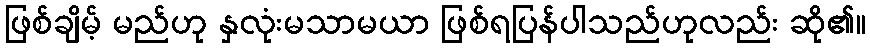
ဖြစ်ချိမ့် မည်ဟု နှလုံးမသာမယာ ဖြစ်ရပြန်ပါသည်ဟုလည်း ဆို၏။